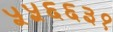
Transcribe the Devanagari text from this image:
५५६६३१